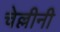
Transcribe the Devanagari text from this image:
चेल्लीनी